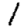
Digit: 1